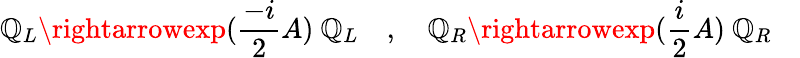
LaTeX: \mathbb{Q}_{L}\rightarrowexp({\frac{{-i}}{{2}}}A)~\mathbb{Q}_{L}~~~~,~~~~\mathbb{Q}_{R}\rightarrowexp({\frac{{i}}{{2}}}A)~\mathbb{Q}_{R}~~~~